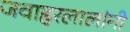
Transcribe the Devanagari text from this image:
जवाहरलालांनी